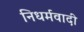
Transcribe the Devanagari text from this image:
निधर्मवादी